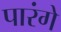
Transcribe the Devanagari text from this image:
पारंगे